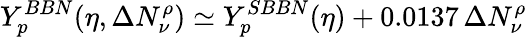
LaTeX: Y_{p}^{BBN}(\eta,\Delta N_{\nu}^{\rho})\simeq Y_{p}^{SBBN}(\eta)+0.0137\, \Delta N_{\nu}^{\rho}